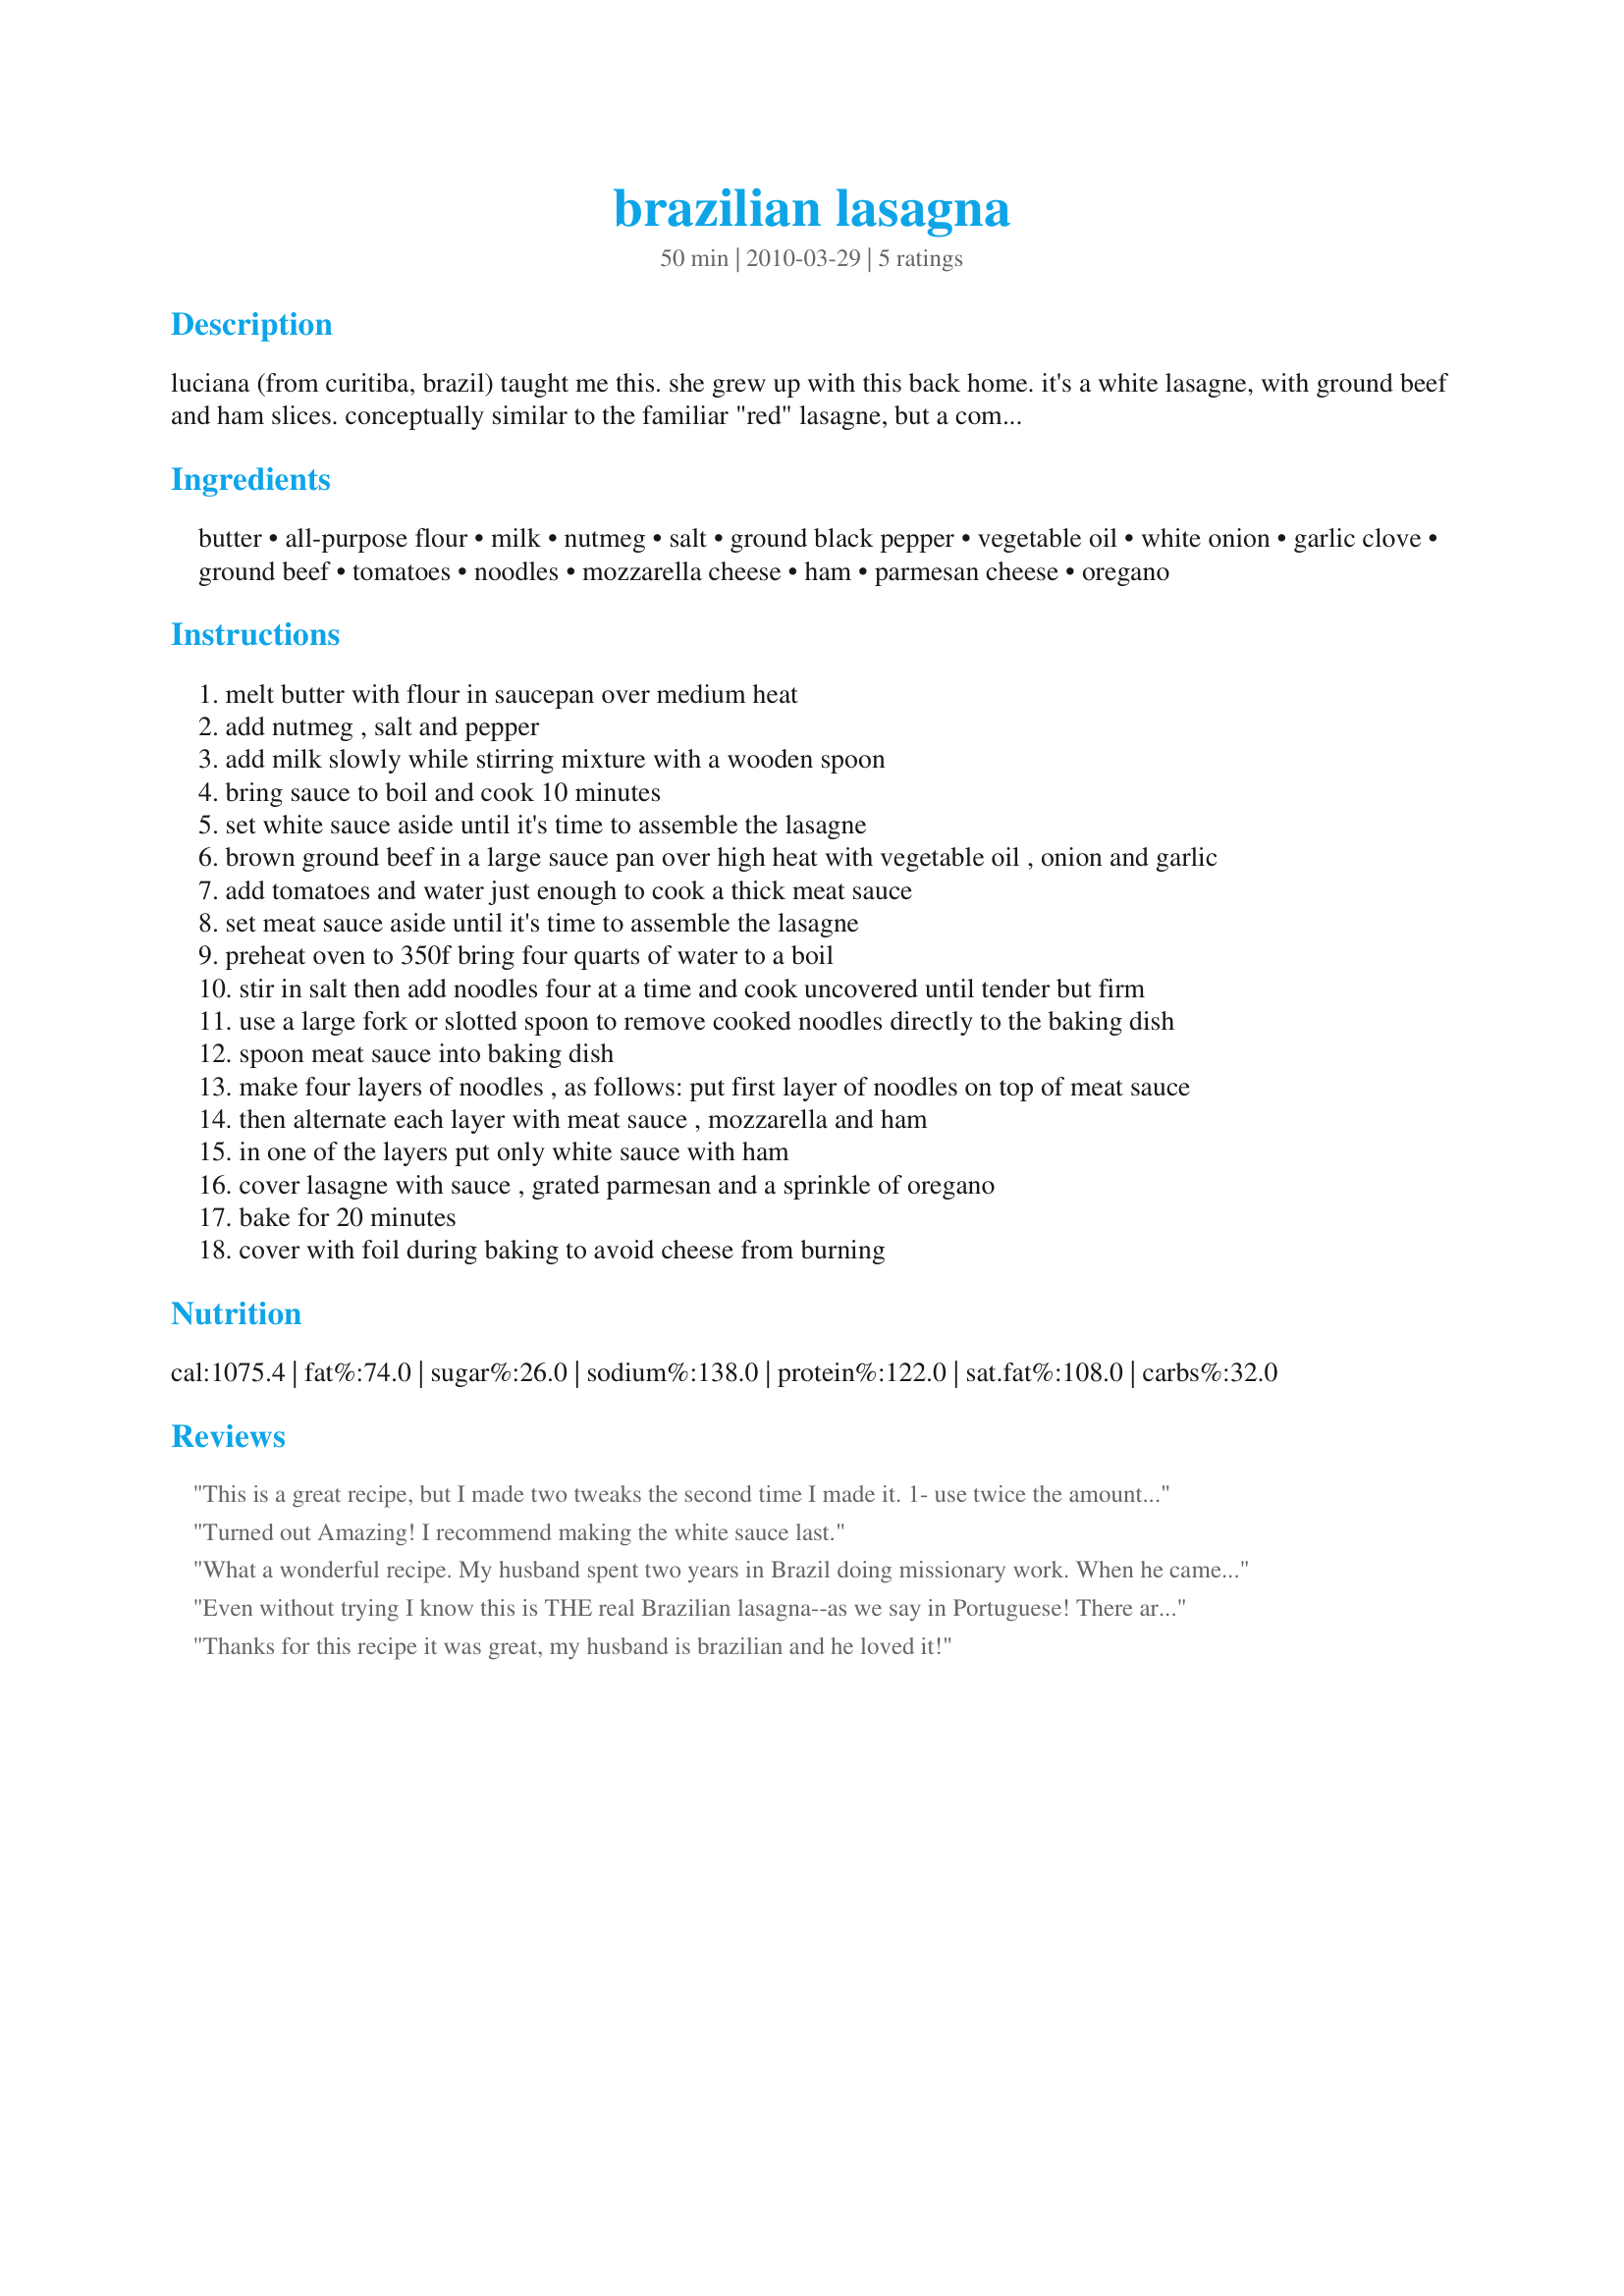
brazilian lasagna
Preparation time: 50 minutes

luciana (from curitiba, brazil) taught me this. she grew up with this back home. it's a white lasagne, with ground beef and ham slices. conceptually similar to the familiar "red" lasagne, but a completely different taste. we loved it.

Ingredients:
butter, all-purpose flour, milk, nutmeg, salt, ground black pepper, vegetable oil, white onion, garlic clove, ground beef, tomatoes, noodles, mozzarella cheese, ham, parmesan cheese, oregano

Steps:
melt butter with flour in saucepan over medium heat
add nutmeg , salt and pepper
add milk slowly while stirring mixture with a wooden spoon
bring sauce to boil and cook 10 minutes
set white sauce aside until it's time to assemble the lasagne
brown ground beef in a large sauce pan over high heat with vegetable oil , onion and garlic
add tomatoes and water just enough to cook a thick meat sauce
set meat sauce aside until it's time to assemble the lasagne
preheat oven to 350f bring four quarts of water to a boil
stir in salt then add noodles four at a time and cook uncovered until tender but firm
use a large fork or slotted spoon to remove cooked noodles directly to the baking dish
spoon meat sauce into baking dish
make four layers of noodles , as follows: put first layer of noodles on top of meat sauce
then alternate each layer with meat sauce , mozzarella and ham
in one of the layers put only white sauce with ham
cover lasagne with sauce , grated parmesan and a sprinkle of oregano
bake for 20 minutes
cover with foil during baking to avoid cheese from burning

Reviews:
This is a great recipe, but I made two tweaks the second time I made it.

1- use twice the amount of fresh tomatoes called for and

2- cut the amount of white sauce in half
Turned out Amazing! I recommend making the white sauce last.
What a wonderful recipe. My husband spent two years in Brazil doing missionary work. When he came home and started taste testing the sauce it was I rember that sauce. I did do some adaptations due to what I did and did not have. No ham so I added 1/2 pound more of the beef, and only oven ready lasagne noodles, so I added a 1/2 cup of water to the meat sauce, and 1/2 cup of milk to the white sauce for the needed 1 cup of extra liquid to cook the noodles, and it came out perfect, cooked for 1 hour to properly cook the noodles. I used all of the ingredients in each layer, even the kids who while they like lasagne don't like the riccotta, and by the time they pick it out half of their piece is left on the plate, not this time they took healthy pieces, and ate it all, using my homemade bread to get every bite. My husband and a friend who ate with us each had 2 pieces, and claimed dibbs on the rest for lunch the next day. I definetly will be making this again. Thanks for posting.
Even without trying I know this is THE real Brazilian lasagna--as we say in Portuguese! There are few things I miss from Brazil and this is one of them. Your friend is from a State in South of Brazil, close to where I lived; this is a very common weekend family lunch. Now I will have to make lasagna next Sunday! ;-)
Thanks for this recipe it was great, my husband is brazilian and he loved it!
